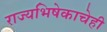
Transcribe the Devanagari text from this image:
राज्यभिषेकाचेही